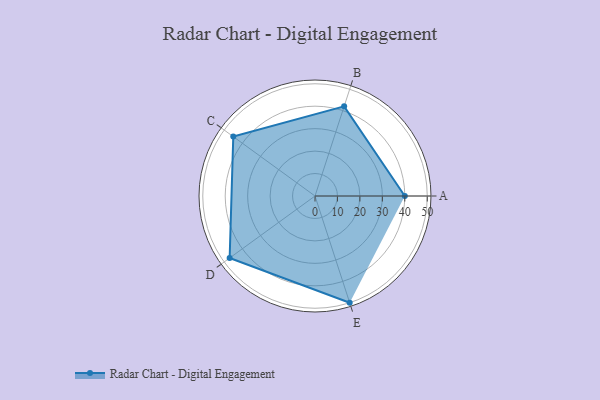
{"axis": {"x": "Skill", "y": "Score"}, "legend": ["Profile"], "data": [{"x": "A", "y": 40.0, "type": "Profile"}, {"x": "B", "y": 42.0, "type": "Profile"}, {"x": "C", "y": 45.0, "type": "Profile"}, {"x": "D", "y": 47.0, "type": "Profile"}, {"x": "E", "y": 50.0, "type": "Profile"}]}